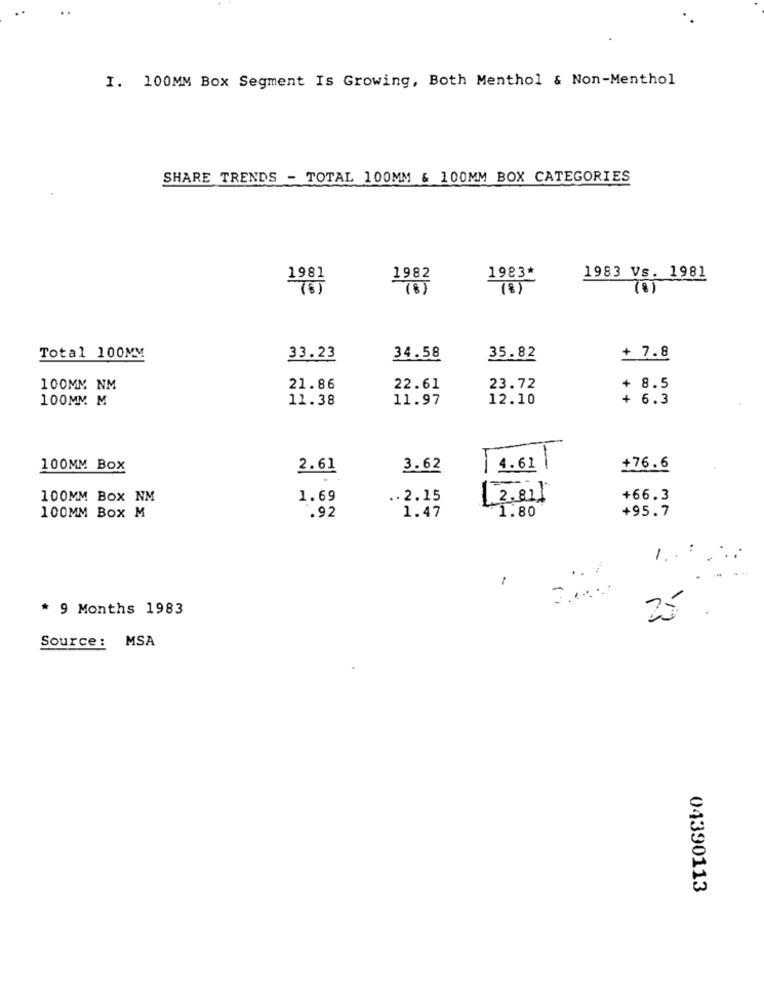
I. 100MM Box Segment Is Growing, Both Menthol & Non-Menthol
SHARE TRENDS - TOTAL 100MM & 100MM BOX CATEGORIES
1981
1982
1983*
1983 Vs. 1981
(8)
(8)
(8)
Total 100MM
33.23
34.58
35.82
+ 7.8
100MM NM
21.86
22.61
23.72
+ 8.5
100MM M
11.38
11.97
12.10
+ 6.3
100MM Box
2.61
3.62
4.61 |
+76.6
100MM BOX NM
1.69
.. 2.15
2.81]
+66.3
100MM Box M
.92
1.47
¥1.80
+95.7
1. :
.. /
1
* 9 Months 1983
25 .
Source: MSA
04390113